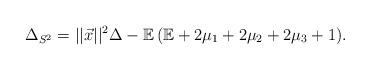
LaTeX: \begin{align*}\Delta_{S^2}=||\vec{x}||^2\Delta-\mathbb{E}\,(\mathbb{E}+2\mu_1+2\mu_2+2\mu_3+1).\end{align*}